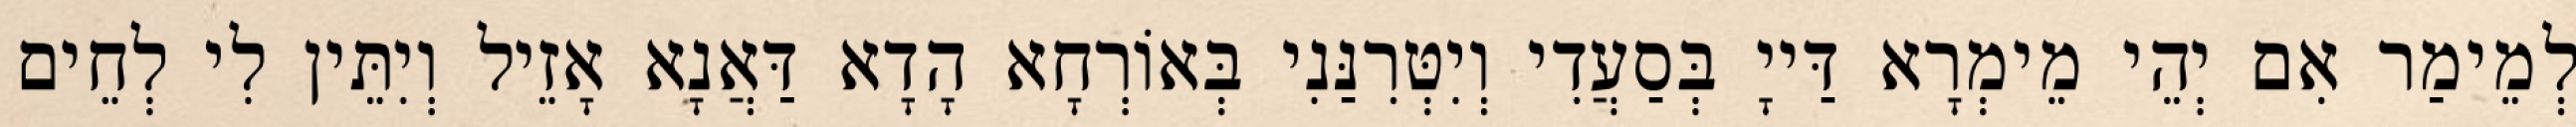
לְמֵימַר אִם יְהֵי מֵימְרָא דַּייָ בְּסַעֲדִי וְיִטְּרִנַּנִי בְּאוֹרְחָא הָדָא דַּאֲנָא אָזֵיל וְיִתֵּין לִי לְחֵים